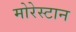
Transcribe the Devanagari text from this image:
मोरेस्टान